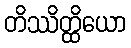
တိဿိတ္ထိယော